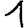
Digit: 1